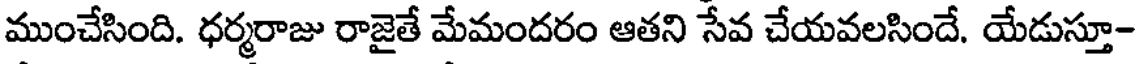
ముంచేసింది. ధర్మరాజు రాజైతే మేమందరం ఆతని సేవ చేయవలసిందే. యేడుస్తూ-